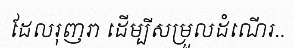
ដែលរុញរា ដើម្បីសម្រួលដំណើរ..